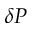
\delta P